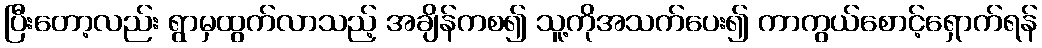
ပြီးတော့လည်း ရွာမှထွက်လာသည့် အချိန်ကစ၍ သူ့ကိုအသက်ပေး၍ ကာကွယ်စောင့်ရှောက်ရန်